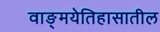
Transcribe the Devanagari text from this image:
वाङ्‌मयेतिहासातील